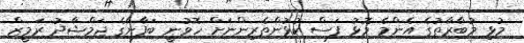
މުޅި މުބާރާތުގެ އެންމެ މޮޅު ފަސް ކުޅުންތެރިންނަށް ހޮވުނީ ބަފާނާގެ ޖަމްޝާދު ރަމީޒް